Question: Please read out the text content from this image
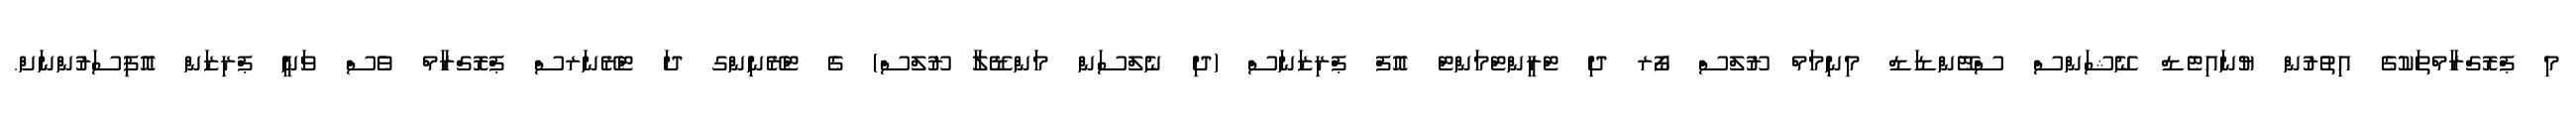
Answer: މި ޕްރޮގްރާމްތަކުގެ އިތުރުން ޔުނައިޓެޑް ނޭޝަންސް ސްޓޭންޑަޑް މިނިމަމް ރޫލްސް ފޯރ ދި ޓްރީންޓްމަންޓް އޮފް ޕްރިޒަނަސް (ދި ނެލްސަން މަންޑޭލާ ރޫލްސް) ގެ ޓްރޭނިންގ ދަ ޓްރޭނަރސް ޕްރޮގްރާމް ވެސް ވަނީ ޕްރިޒަން އޮފިސަރުންނަށް.